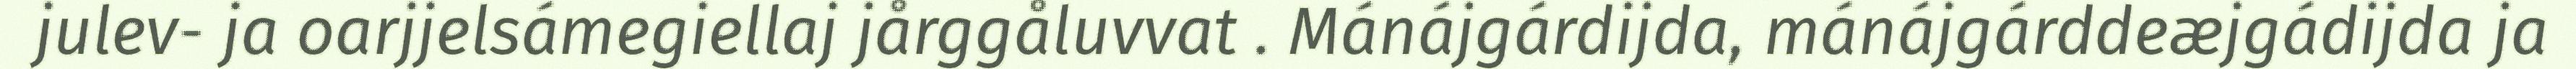
julev- ja oarjjelsámegiellaj jårggåluvvat . Mánájgárdijda, mánájgárddeæjgádijda ja